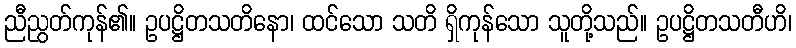
ညီညွတ်ကုန်၏။ ဥပဋ္ဌိတသတိနော၊ ထင်သော သတိ ရှိကုန်သော သူတို့သည်။ ဥပဋ္ဌိတသတီဟိ၊